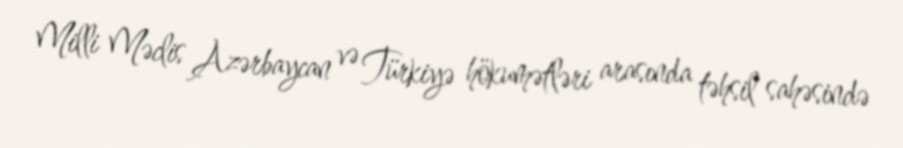
Milli Məclis Azərbaycan və Türkiyə hökumətləri arasında təhsil sahəsində